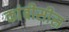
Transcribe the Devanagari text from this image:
कांबीसीस